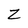
Character: Z